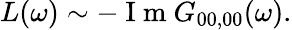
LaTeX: L(\omega)\sim-\mathrm{~I~m~}G_{00,00}(\omega).